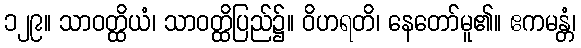
၁၂၉။ သာဝတ္ထိယံ၊ သာဝတ္ထိပြည်၌။ ဝိဟရတိ၊ နေတော်မူ၏။ ဧကမန္တံ၊